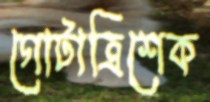
গোটাত্রিশেক